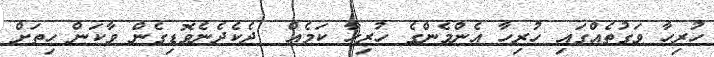
ހުރިހާ ވަގުތެއްގައި ހުރިހާ އެންމެންގެ ހުރިހާ ކަމެއް  ދެކެދެނެވޮޑިގެން ވާކަން ހިތަށް